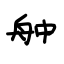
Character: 舯